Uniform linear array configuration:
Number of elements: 12
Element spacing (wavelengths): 0.5
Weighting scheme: cosine
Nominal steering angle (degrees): -60
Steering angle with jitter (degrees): -60.675
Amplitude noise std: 0.05
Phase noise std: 0.05

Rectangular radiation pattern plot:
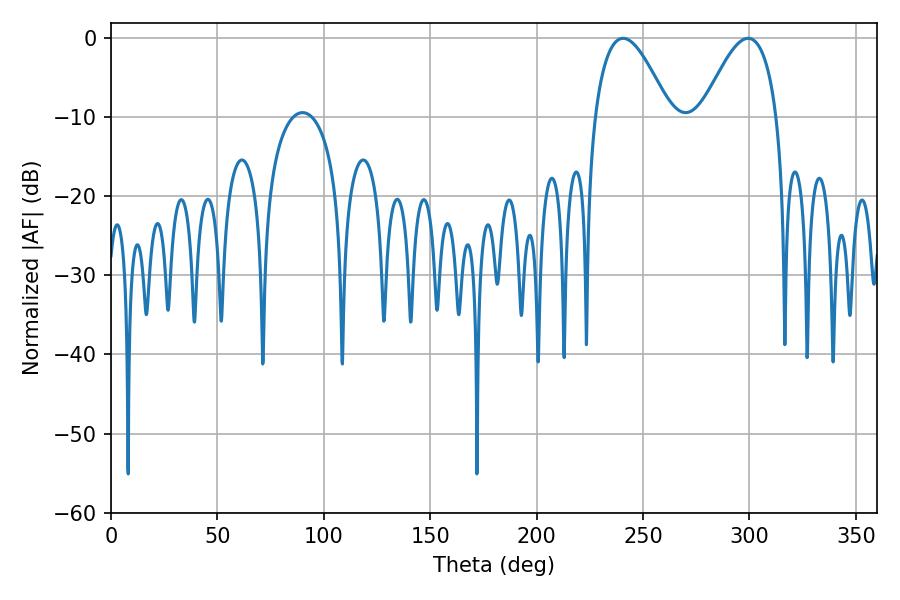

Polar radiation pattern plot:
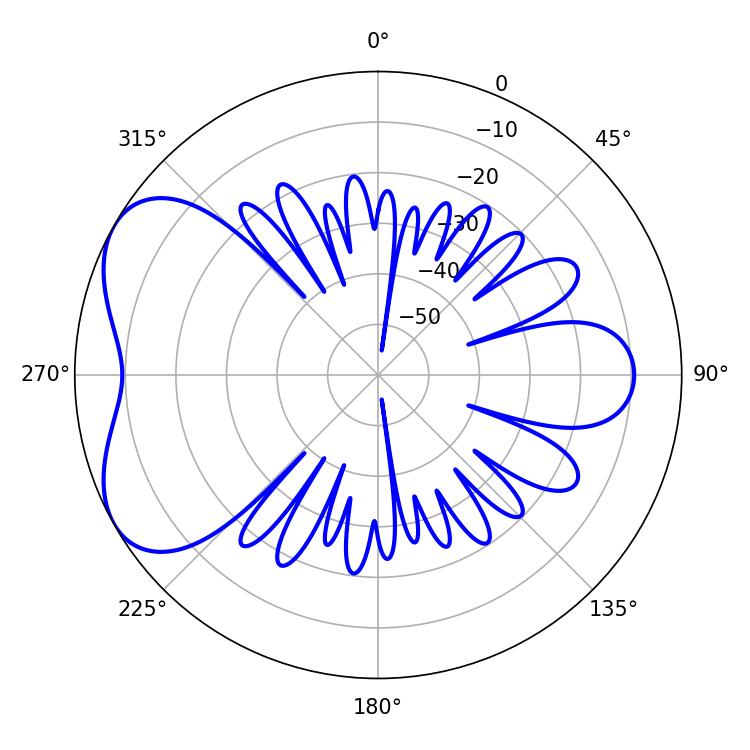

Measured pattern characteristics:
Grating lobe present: FALSE
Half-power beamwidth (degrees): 19.08
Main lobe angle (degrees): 240.66